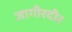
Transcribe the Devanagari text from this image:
जागीरदीर